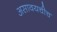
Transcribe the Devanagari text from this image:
असावयचीच